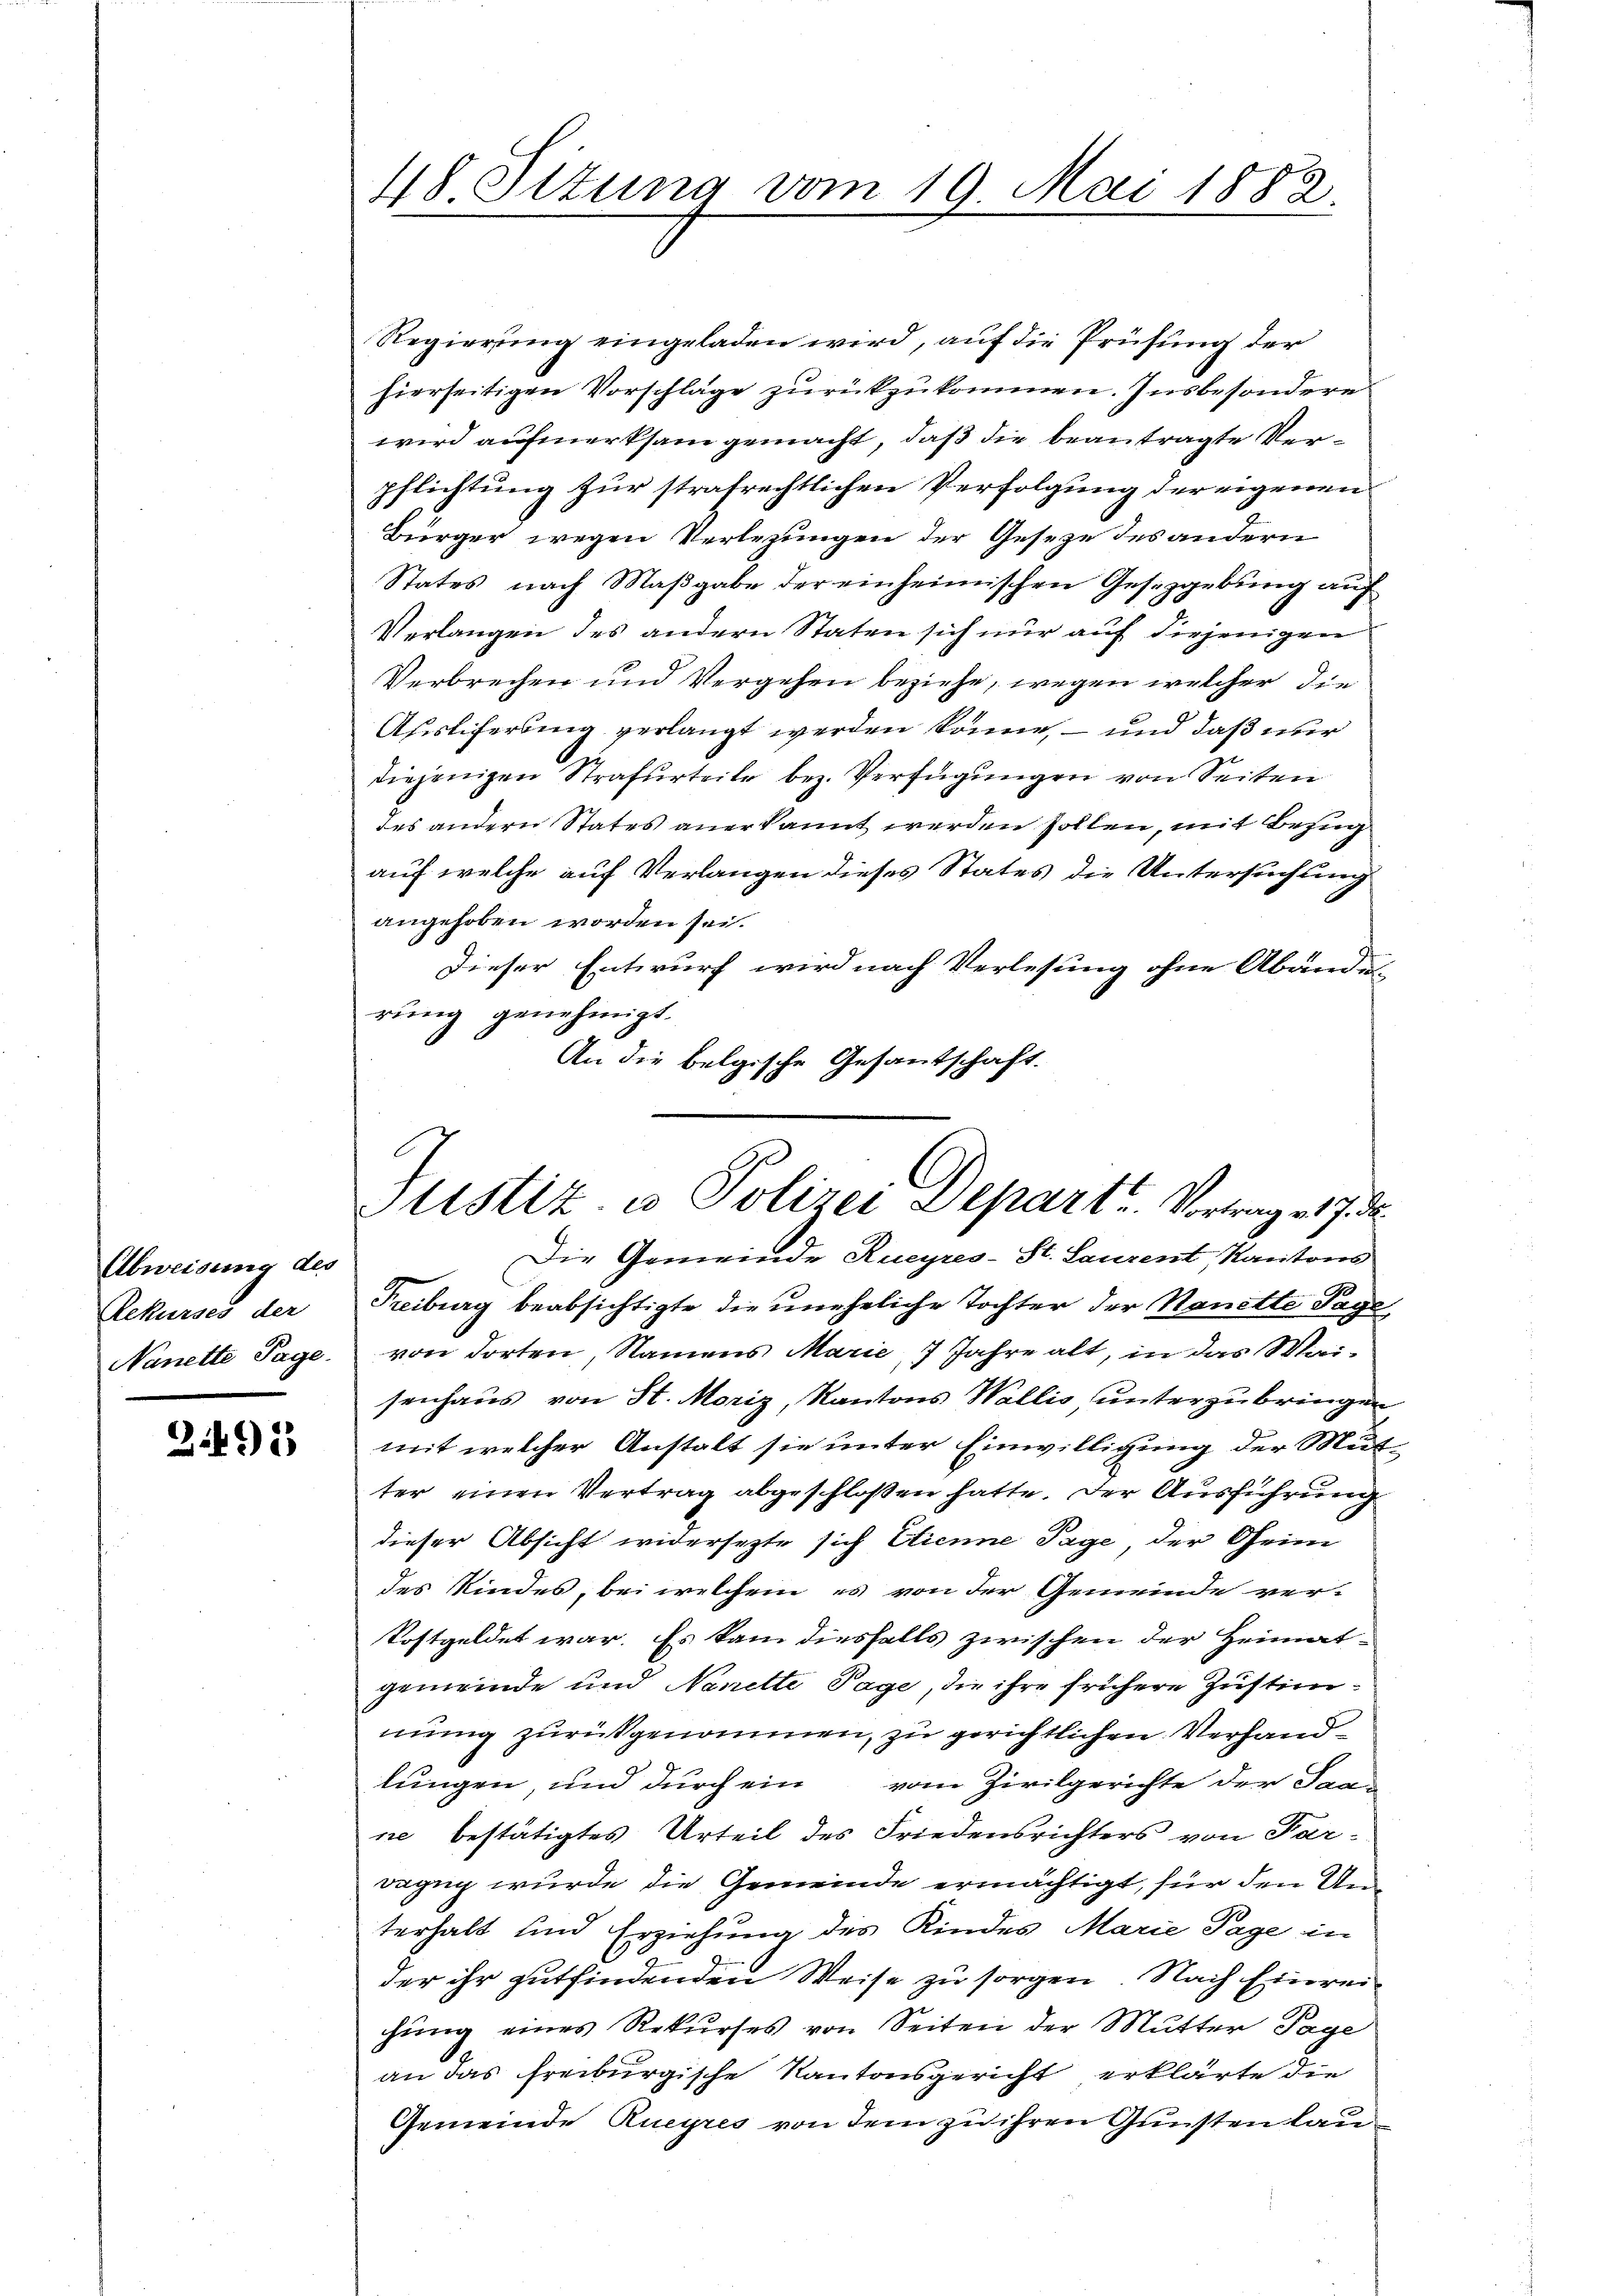
Abweisung des
Rekurses der
Nanette Tage.

2491)

48 Situng vom 19. Mai 1882.

Regierung eingeladen wird, auf die Prüfung der
hierseitigen Vorschläge zurückzukommen. Insbesondere
wird aufmerksam gemacht, daß die beantragte Verpflichtung zur strafrechtlichen Verfolgung der eigenen
Bürger wegen Verlegungen der Gesetze des andern
States nach Maßgabe der einheimischen Gesetzgebung auf
Verlangen des andern Staten sich nur auf diejenigen
Verbrechen und Vergehen beziehe, wegen welcher die
Afisliferung verlangt werden könne, – und daß nur
diejenigen Strafurteile bez. Verfügungen von Seiten
des andern States anerkannt werden sollen, mit Bezug
auf welche auf Verlangen dieses States die Untersuchung
angehoben worden sei.
Dieser Entwurf wird nach Verlesung ohne Abände-
rung genehmigt.
.
An die belgische Gesantschaft.

Sistiz & Polizei Depart. Vortrag et 7. d.

Die Gemeinde Rueyres-St. Laurent Kantons
Freiburg beabsichtigte die uneheliche Tochter der Nanette Tage
von dorten, Namens Marie, 7 Jahre alt, in das Waisenhaus von St. Moriz, Kantons Wallis unterzubringen
mit welcher Anstalt sie unter Einwilligung der Mutter einen Vertrag abgeschloßen hatte. Der Ausführung
dieser Absicht widersetzte sich Dienne Tage, der Geimdes Kindes, bei welchem es von der Gemeinde verkostgeldet war. Es kam diesfalls zwischen der Heimat-
gemeinde und Nanette Tage, die ihre frühere Zustimmung zurückgenommen, zu gerichtlichen Verhandlungen, und durch ein vom Zivilgerichte der Sam
ne bestätigtes Urteil des Friedensrichters von Par-
Dagug wurde die Gemeinde ermächtigt, für den Unterhalt und Erziehung des Kindes Marie Tage in
der ihr gutfindenden Weise zu sorgen. Nach Einreihung eines Rekurses von Seiten der Mutter Tage
an das freiburgische Kantonsgericht erklärte die
Gemeinde Rueyres von dem zu ihren Gunsten lau¬